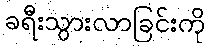
ခရီးသွားလာခြင်းကို